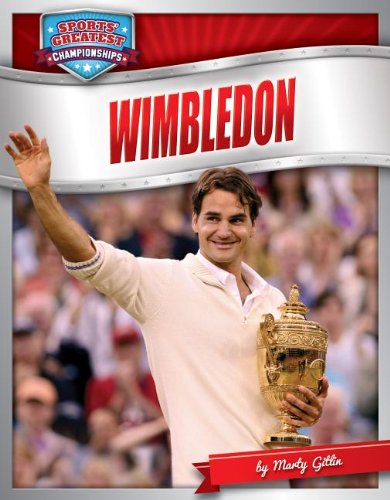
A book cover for Wimbledon (Sports' Greatest Championships); Marty Gitlin; Children's Books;